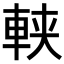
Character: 𨋸